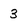
Character: 3